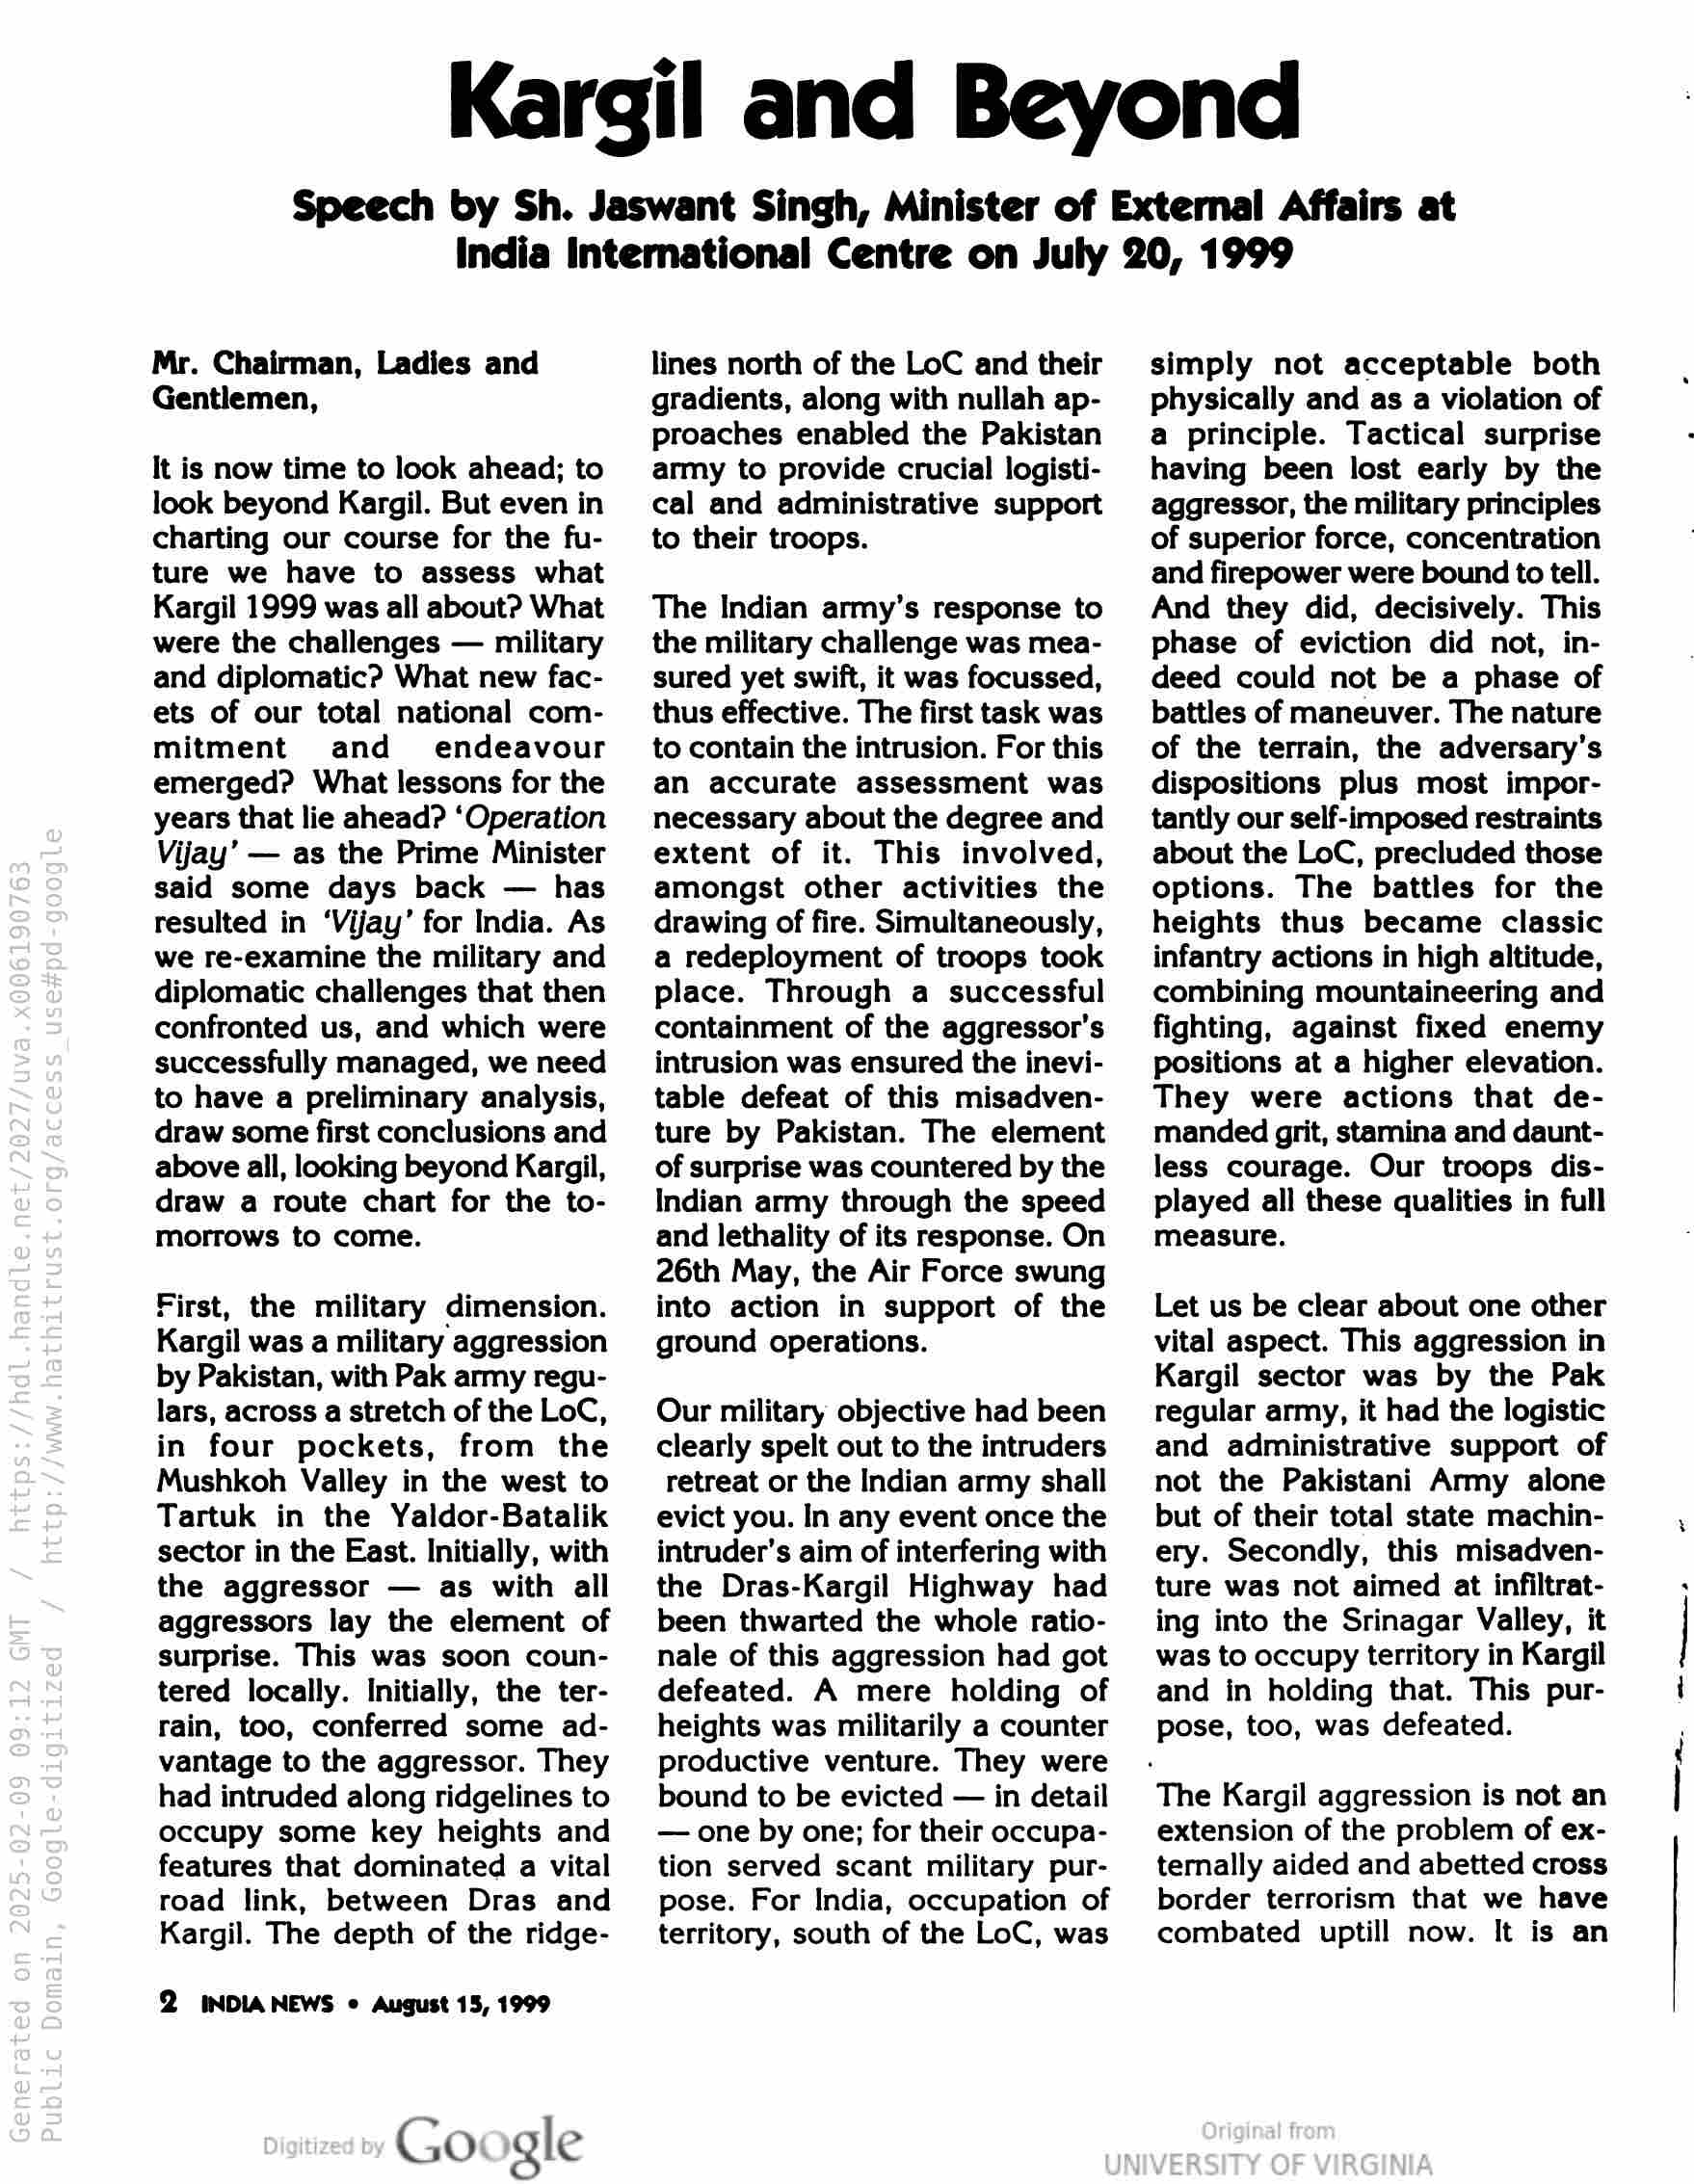
Kargil and Beyond

Speech by Sh. Jaswant Singh, Minister of External Affairs at
India International Centre on July 20, 1999

Mr. Chairman, Ladies and
Gentlemen,

It is now time to look ahead; to
look beyond Kargil. But even in
charting our course for the fu-
ture we have to assess what
Kargil 1999 was all about? What
were the challenges — military
and diplomatic? What new fac-
ets of our total national com-
mitment and endeavour
emerged? What lessons for the
years that lie ahead? ‘Operation
Vijay’ — as the Prime Minister
said some days back — has
resulted in ‘Vijay’ for India. As
we re-examine the military and
diplomatic challenges that then
confronted us, and which were
successfully managed, we need
to have a preliminary analysis,
draw some first conclusions and
above all, looking beyond Kargil,
draw a route chart for the to-
morrows to come.

First, the military dimension.
Kargil was a military aggression
by Pakistan, with Pak army regu-
lars, across a stretch of the LoC,
in four pockets, from the
Mushkoh Valley in the west to
Tartuk in the Yaldor-Batalik
sector in the East. Initially, with
the aggressor — as with all
aggressors lay the element of
surprise. This was soon coun-
tered locally. Initially, the ter-
rain, too, conferred some ad-
vantage to the aggressor. They
had intruded along ridgelines to
occupy some key heights and
features that dominated a vital
road link, between Dras and
Kargil. The depth of the ridge-

2 INDIANEWS « August 15, 1999

Go gle

lines north of the LoC and their
gradients, along with nullah ap-
proaches enabled the Pakistan
army to provide crucial logisti-
cal and administrative support
to their troops.

The Indian army’s response to
the military challenge was mea-
sured yet swift, it was focussed,
thus effective. The first task was
to contain the intrusion. For this
an accurate assessment was
necessary about the degree and
extent of it. This involved,
amongst other activities the
drawing of fire. Simultaneously,
a redeployment of troops took
place. Through a successful
containment of the aggressor’s
intrusion was ensured the inevi-
table defeat of this misadven-
ture by Pakistan. The element
of surprise was countered by the
Indian army through the speed
and lethality of its response. On
26th May, the Air Force swung
into action in support of the
ground operations.

Our military objective had been
clearly spelt out to the intruders
retreat or the Indian army shall
evict you. In any event once the
intruder’s aim of interfering with
the Dras-Kargil Highway had
been thwarted the whole ratio-
nale of this aggression had got
defeated. A mere holding of
heights was militarily a counter
productive venture. They were
bound to be evicted — in detail
— one by one; for their occupa-
tion served scant military pur-
pose. For India, occupation of
territory, south of the LoC, was

simply not acceptable both
physically and as a violation of
a principle. Tactical surprise
having been lost early by the
aggressor, the military principles
of superior force, concentration
and firepower were bound to tell.
And they did, decisively. This
phase of eviction did not, in-
deed could not be a phase of
battles of maneuver. The nature
of the terrain, the adversary’s
dispositions plus most impor-
tantly our self-imposed restraints
about the LoC, precluded those
options. The battles for the
heights thus became classic
infantry actions in high altitude,
combining mountaineering and
fighting, against fixed enemy
positions at a higher elevation.
They were actions that de-
manded grit, stamina and daunt-
less courage. Our troops dis-
played all these qualities in full
measure.

Let us be clear about one other
vital aspect. This aggression in
Kargil sector was by the Pak
regular army, it had the logistic
and administrative support of
not the Pakistani Army alone
but of their total state machin-
ery. Secondly, this misadven-
ture was not aimed at infiltrat-
ing into the Srinagar Valley, it
was to occupy territory in Kargil
and in holding that. This pur-
pose, too, was defeated.

The Kargil aggression is not an

extension of the problem of ex-
ternally aided and abetted cross
border terrorism that we have
combated uptill now. It is an